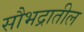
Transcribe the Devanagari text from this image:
सौभद्रातील